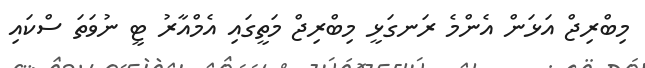
މިބްރިޖް އަޅަން އެންމެ ރަނގަޅީ މިބްރިޖް މަތީގައި އެމްއާރު ޓީ ނުވަތަ ސްކައި